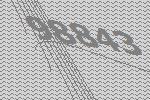
98843